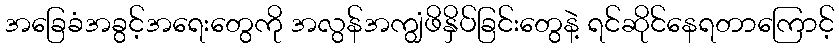
အခြေခံအခွင့်အရေးတွေကို အလွန်အကျွံဖိနှိပ်ခြင်းတွေနဲ့ ရင်ဆိုင်နေရတာကြောင့်